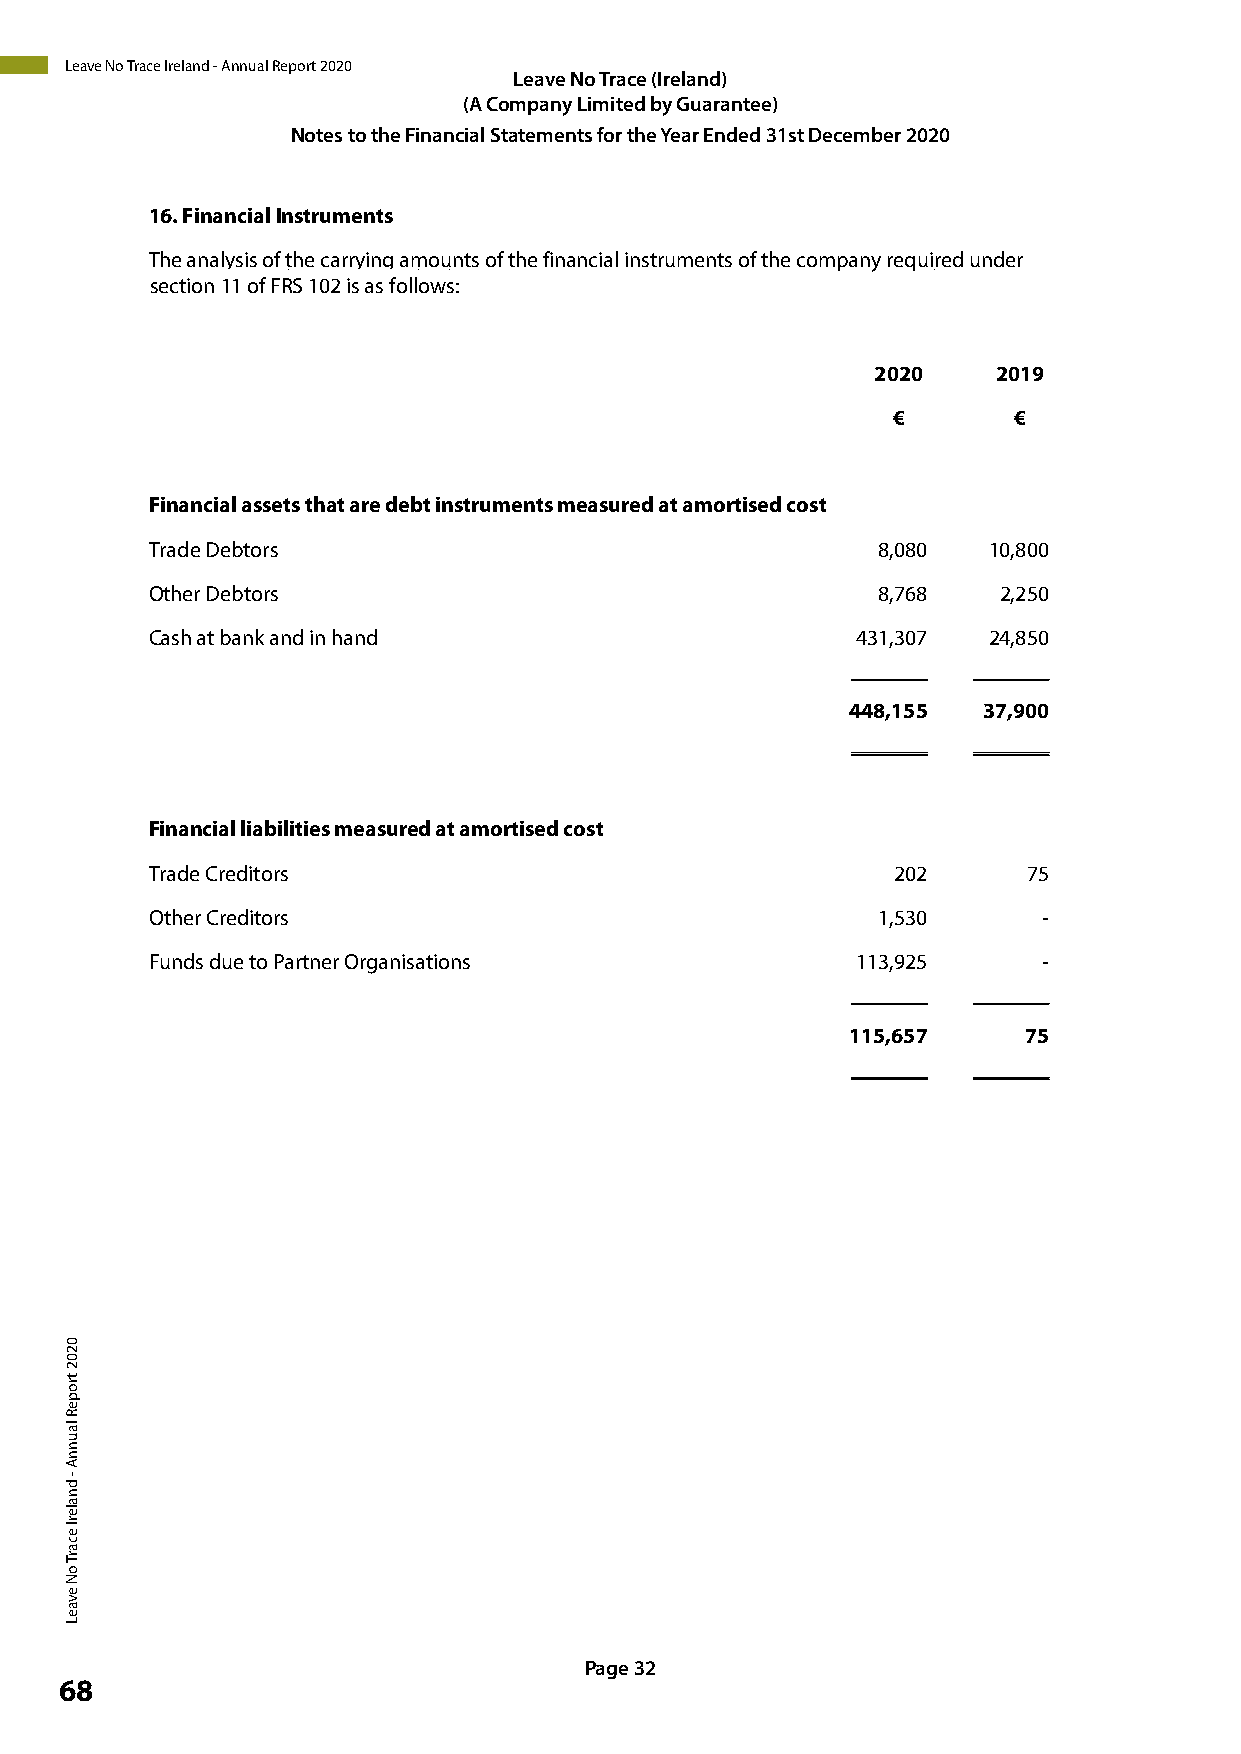
Leave No Trace Ireland - Annual Report 2020
 Leave LNLeeoaa vTvere Na Ncoeo T (rTIarrceaelc a(eInr (edIl)ra enlda)nd)
 (A Com((AAp C aCo nom ym Lppa imanny it yL e i dLm ibimt yei dtGe bduy ab rGyau nGa truea ean )r taenet)ee)
 Notes tNNo oothtteeess Fttooin ttahhneec FFiaiinln aSanntcacitaiealm lS Steatnattetsme fmoeren nttsht sfe of Yor rteh atehr eYE eYnaedr aEerdn dE3en1dsd t3e Dd1s e3tc 1Desmet cDbeeemrc be2me0r2b 20e0 r2 20020
 1 6.Fin1a6n.c Fiainl aInnsctiraulm Inesntrtusments
 T he anaTlhyesi as noaf ltyhseis coafr trhyien gca armryionugn atsm oofu tnhtes foinf atnhcei afiln iannstcriuaml inesnttrsu omf etnhtes coofm thpea cnoym repqauniyre rde quunidreedr under
 sections e1c1t oiofn F R 1S1 1o0f 2F RisS a 1s0 f2o lilso awss f:o llows:
 202200 20 201290 19
 € €     € €
 F inancFiainl aasnsceiatsl athssaett asr teh daet batr ein dsetrbutm inesntrtus mmeenatssu mreeda astu aremdo artt iasmedo crtoisste d cost
 T rade DTerabdtoer Ds ebtors                    8,080 8,0801 0,800 10,800
 O ther DOetbhteorr Ds ebtors                    8,768 8,768 2,250 2,250
 C ash atC baasnhk a at nbda nink hanandd in hand 431,3074 31,3072 4,850 24,850
 _________ _______ _______ _____
 448,15454 8,1553 7,9003 7,900
 _________ _______ _______ _____
 F inancFiainl alinabciialilt liieasb milietaiessu mreeda astu aremdo artt iasmedo crtoisste d cost
 T rade CTrreaddieto Crsre ditors                 202 202  75  75
 O ther COrethdeitro Crsre ditors                1,530 1,530 -  -
 F unds dFuune dtos dPuaret ntoe rP Oarrtgnaenri Osartgioannsis ations 113,9251 13,925 - -
 _________ _______ _______ _____
 115,65171 5,657 75 75
 _________ _______ _______ _____
 Page 2P5Pa gagee 3 225
 68
 0202
 tropeR
 launnA
 -
 dnalerI
 ecarT
 oN
 evaeL